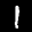
Label: 1